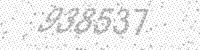
Solution: 938537